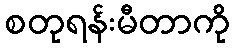
စတုရန်းမီတာကို